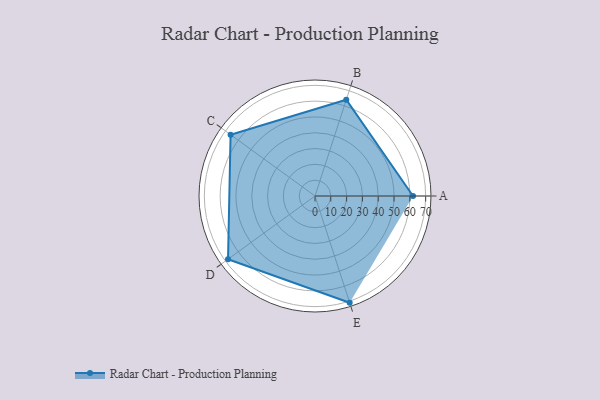
{"axis": {"x": "Skill", "y": "Score"}, "legend": ["Profile"], "data": [{"x": "A", "y": 62.0, "type": "Profile"}, {"x": "B", "y": 64.0, "type": "Profile"}, {"x": "C", "y": 66.0, "type": "Profile"}, {"x": "D", "y": 68.0, "type": "Profile"}, {"x": "E", "y": 71.0, "type": "Profile"}]}